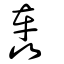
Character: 轟